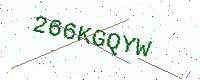
Text: 266KGQYW